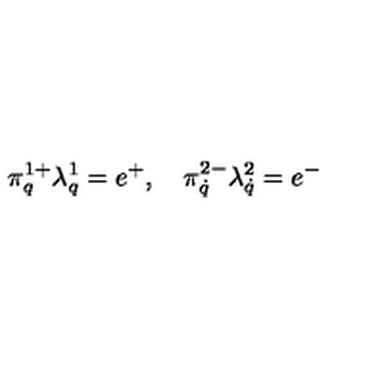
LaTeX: \pi _ { q } ^ { 1 + } \lambda _ { q } ^ { 1 } = e ^ { + } , \quad \pi _ { \dot { q } } ^ { 2 - } \lambda _ { \dot { q } } ^ { 2 } = e ^ { - }